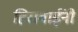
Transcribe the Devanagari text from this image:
हिराबाईंनी